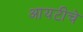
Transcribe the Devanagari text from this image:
आयटीचे